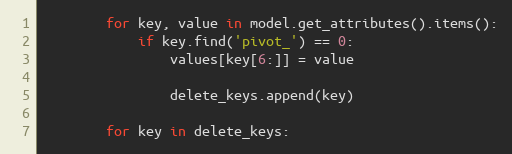
Language: Python
        for key, value in model.get_attributes().items():
            if key.find('pivot_') == 0:
                values[key[6:]] = value

                delete_keys.append(key)

        for key in delete_keys: